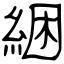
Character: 綑